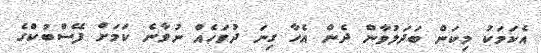
އެކަމަކު މިކަން ބަދަލުވާން ދެން އެހާ ގިނަ ދުވަހެއް ނުވާނެ ކަމަށް ފޭސްބުކްގެ